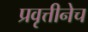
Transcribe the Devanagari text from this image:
प्रवृत्तीनेच